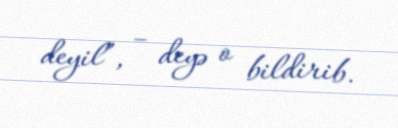
deyil”, – deyə o bildirib.